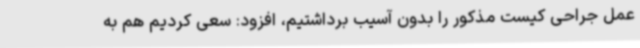
عمل جراحی کیست مذکور را بدون آسیب برداشتیم، افزود: سعی کردیم هم به